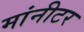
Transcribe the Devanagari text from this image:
मांनीटर